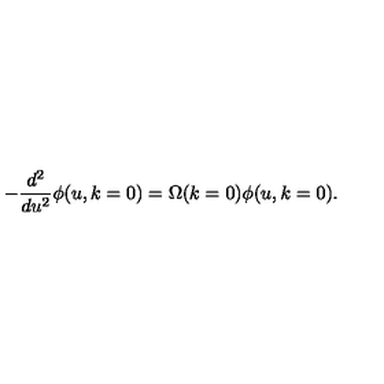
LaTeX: - \frac { d ^ { 2 } } { d u ^ { 2 } } \phi ( u , k = 0 ) = \Omega ( k = 0 ) \phi ( u , k = 0 ) .